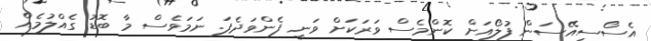
އެސޯސިއޭސަން ފުލޯއަށް ކޮންމެސް ވަރަކަށް ވަނީ ފެންވަދެފަ. ނަމަވެސް މާ ބޮޑު ގެއްލުމެއް